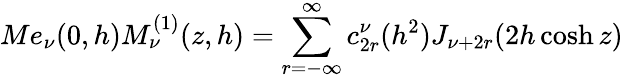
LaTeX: Me_{\nu}(0,h)M_{\nu}^{(1)}(z,h)=\sum_{r=-\infty}^{\infty}c_{2r}^{\nu}(h^{2})J_{\nu+2r}(2h\cosh z)